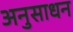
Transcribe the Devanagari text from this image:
अनुसाधन